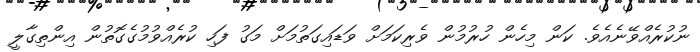
ނުކުރެއްވޭނެއެވެ. ކަން މިހެން ހުރުމުން ވެރިކަމަށް ވަޑައިގަތުމަށް މަގު ފަހި ކުރެއްވުމުގެގޮތުން އިންތިގާލީ